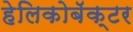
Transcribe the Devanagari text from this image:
हेलिकोबॅक्टर